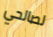
لصالحي